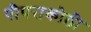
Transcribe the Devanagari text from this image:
पीपराकोठी